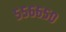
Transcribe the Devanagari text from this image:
५५६६५०